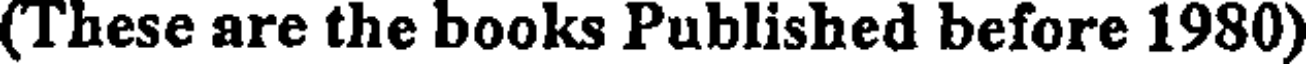
(These are the books Published before 1980)